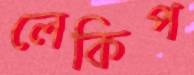
লেকিপ